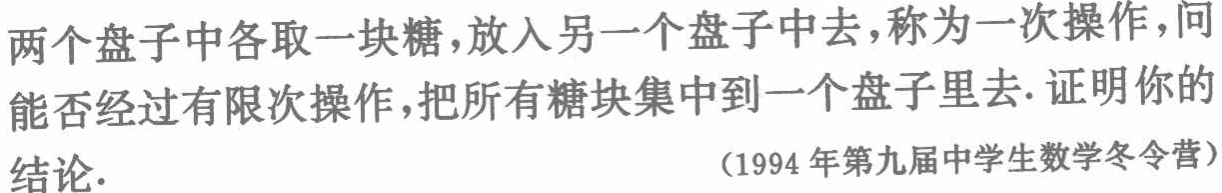
两个盘子中各取一块糖，放入另一个盘子中去，称为一次操作，问能否经过有限次操作，把所有糖块集中到一个盘子里去. 证明你的结论.

（1994 年第九届中学生数学冬令营）